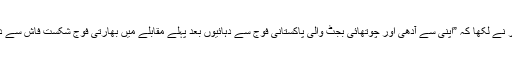
امریکی اخبار نے لکھا کہ ”اپنی سے آدھی اور چوتھائی بجٹ والی پاکستانی فوج سے دہائیوں بعد پہلے مقابلے میں بھارتی فوج شکست فاش سے دوچار ہوئی“۔